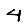
Digit: 4